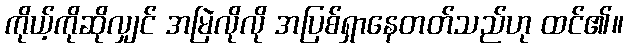
ကိုယ့်ကိုဆိုလျှင် အမြဲလိုလို အပြစ်ရှာနေတတ်သည်ဟု ထင်၏။